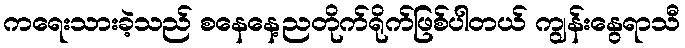
ကရေးသားခဲ့သည် စနေနေ့ညတိုက်ရိုက်ဖြစ်ပါတယ် ကျွန်းနွေရာသီ